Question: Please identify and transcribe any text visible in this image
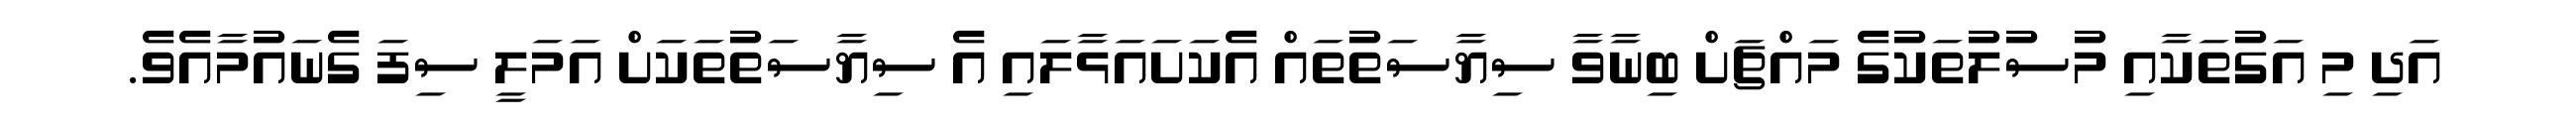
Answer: އަދި މި އަގުތަކާއި މުސުލުތަކުގެ މައްޗަށް ބިނާވާ ސިޔާސަތުތައް އެކަށައަޅާލައި އެ ސިޔާސަތުތަކަށް އަމަލީ ސިފަ ގެނައުމާއެވެ.